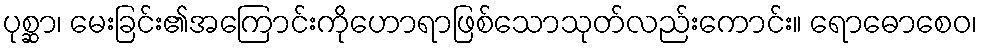
ပုစ္ဆာ၊ မေးခြင်း၏အကြောင်းကိုဟောရာဖြစ်သောသုတ်လည်းကောင်း။ ရောဓောစေဝ၊